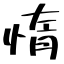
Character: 惰